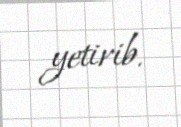
yetirib.